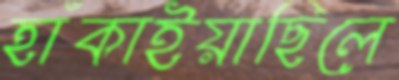
হাঁকাইয়াছিলে